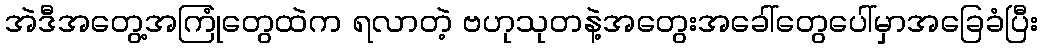
အဲဒီအတွေ့အကြုံတွေထဲက ရလာတဲ့ ဗဟုသုတနဲ့အတွေးအခေါ်တွေပေါ်မှာအခြေခံပြီး